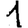
Digit: 1